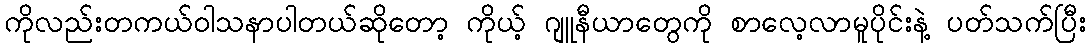
ကိုလည်းတကယ်ဝါသနာပါတယ်ဆိုတော့ ကိုယ့် ဂျူနီယာတွေကို စာလေ့လာမူပိုင်းနဲ့ ပတ်သက်ပြီး